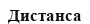
Дистанса